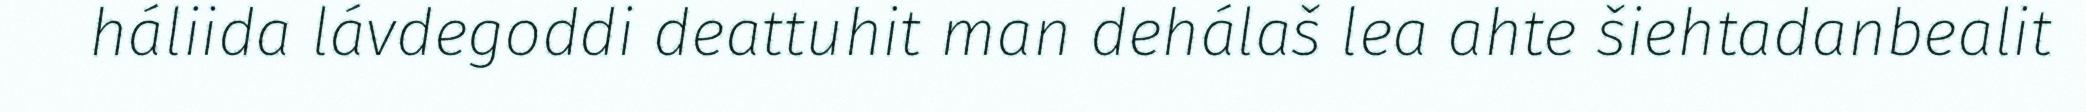
háliida lávdegoddi deattuhit man dehálaš lea ahte šiehtadanbealit